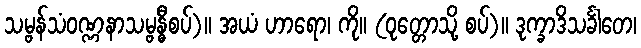
သမ္ဗန်သံဝဏ္ဏနာသမ္ဗန္ဓီစပ်)။ အယံ ဟာရော၊ ကို။ (ဝုတ္တောသို့ စပ်)။ ဒုက္ခာဒိသင်္ခါတေ၊